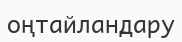
оңтайландару